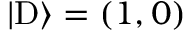
| \mathrm { D } \rangle = ( 1 , 0 )